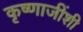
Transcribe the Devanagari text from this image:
कृष्णाजींशी